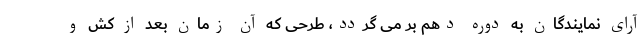
آرای نمایندگان به دوره دهم بر می گردد، طرحی که آن زمان بعد از کش و